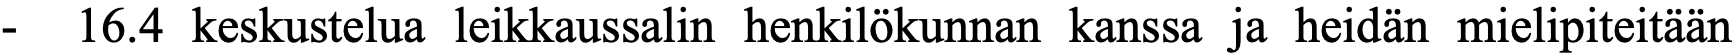
-  16.4 keskustelua leikkaussalin henkilökunnan kanssa ja heidän mielipiteitään